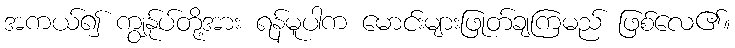
အကယ်၍ ကျွန်ုပ်တို့အား ရန်မူပါက မောင်းများဖြုတ်ချကြမည် ဖြစ်လေ၏။